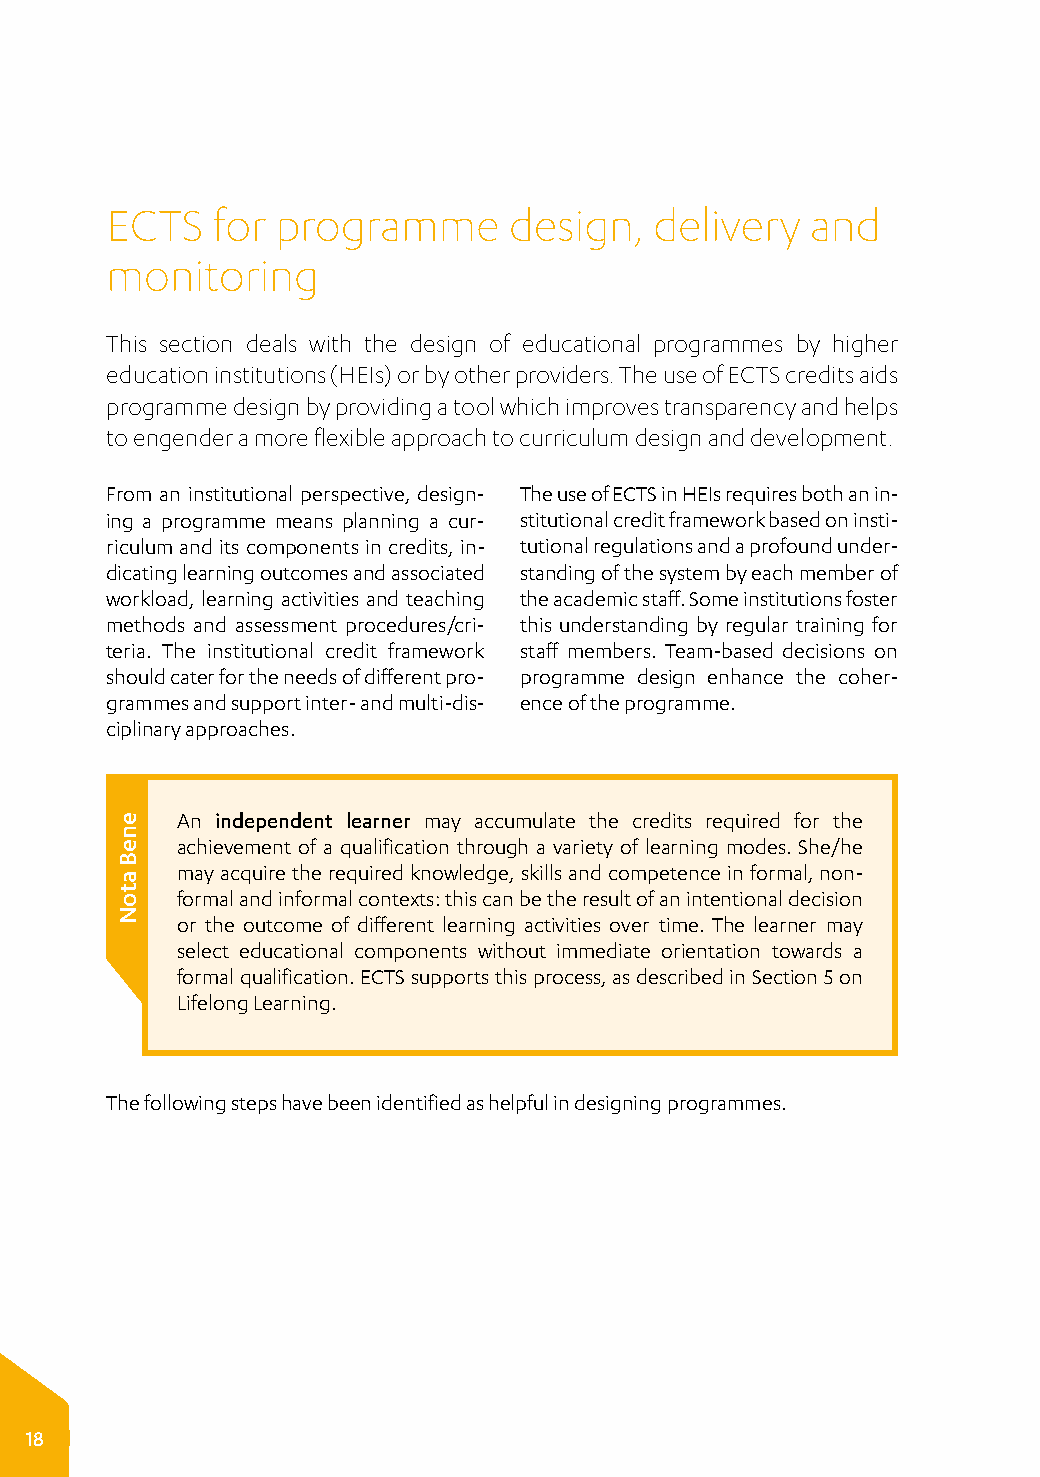
ECTS   for programme       design,  delivery   and
 monitoring
 This section deals with the design of educational programmes by higher
 education institutions (HEIs) or by other providers. The use of ECTS credits aids
 programme design by providing a tool which improves transparency and helps
 to engender a more flexible approach to curriculum design and development.
 From an institutional perspective, design- The use of ECTS in HEIs requires both an in­
 ing a programme means planning a cur- stitutional credit framework based on insti­
 riculum and its components in credits, in- tutional regulations and a profound under­
 dicating learning outcomes and associated standing of the system by each member of
 workload, learning activities and teaching the academic staff. Some institutions foster
 methods and assessment procedures/cri- this understanding by regular training for
 teria. The institutional credit framework staff members. Team-based decisions on
 should cater for the needs of different pro- programme design enhance the coher­
 grammes and support inter- and multi-dis- ence of the programme.
 ciplinary approaches.
 An independent learner may accumulate the credits required for the
 achievement of a qualification through a variety of learning modes. She/he
 may acquire the required knowledge, skills and competence in formal, non­
 formal and informal contexts: this can be the result of an intentional decision
 or the outcome of different learning activities over time. The learner may
 select educational components without immediate orientation towards a
 formal qualification. ECTS supports this process, as described in Section 5 on
 Lifelong Learning.
 The following steps have been identified as helpful in designing programmes.
 18
 eneB
 atoN